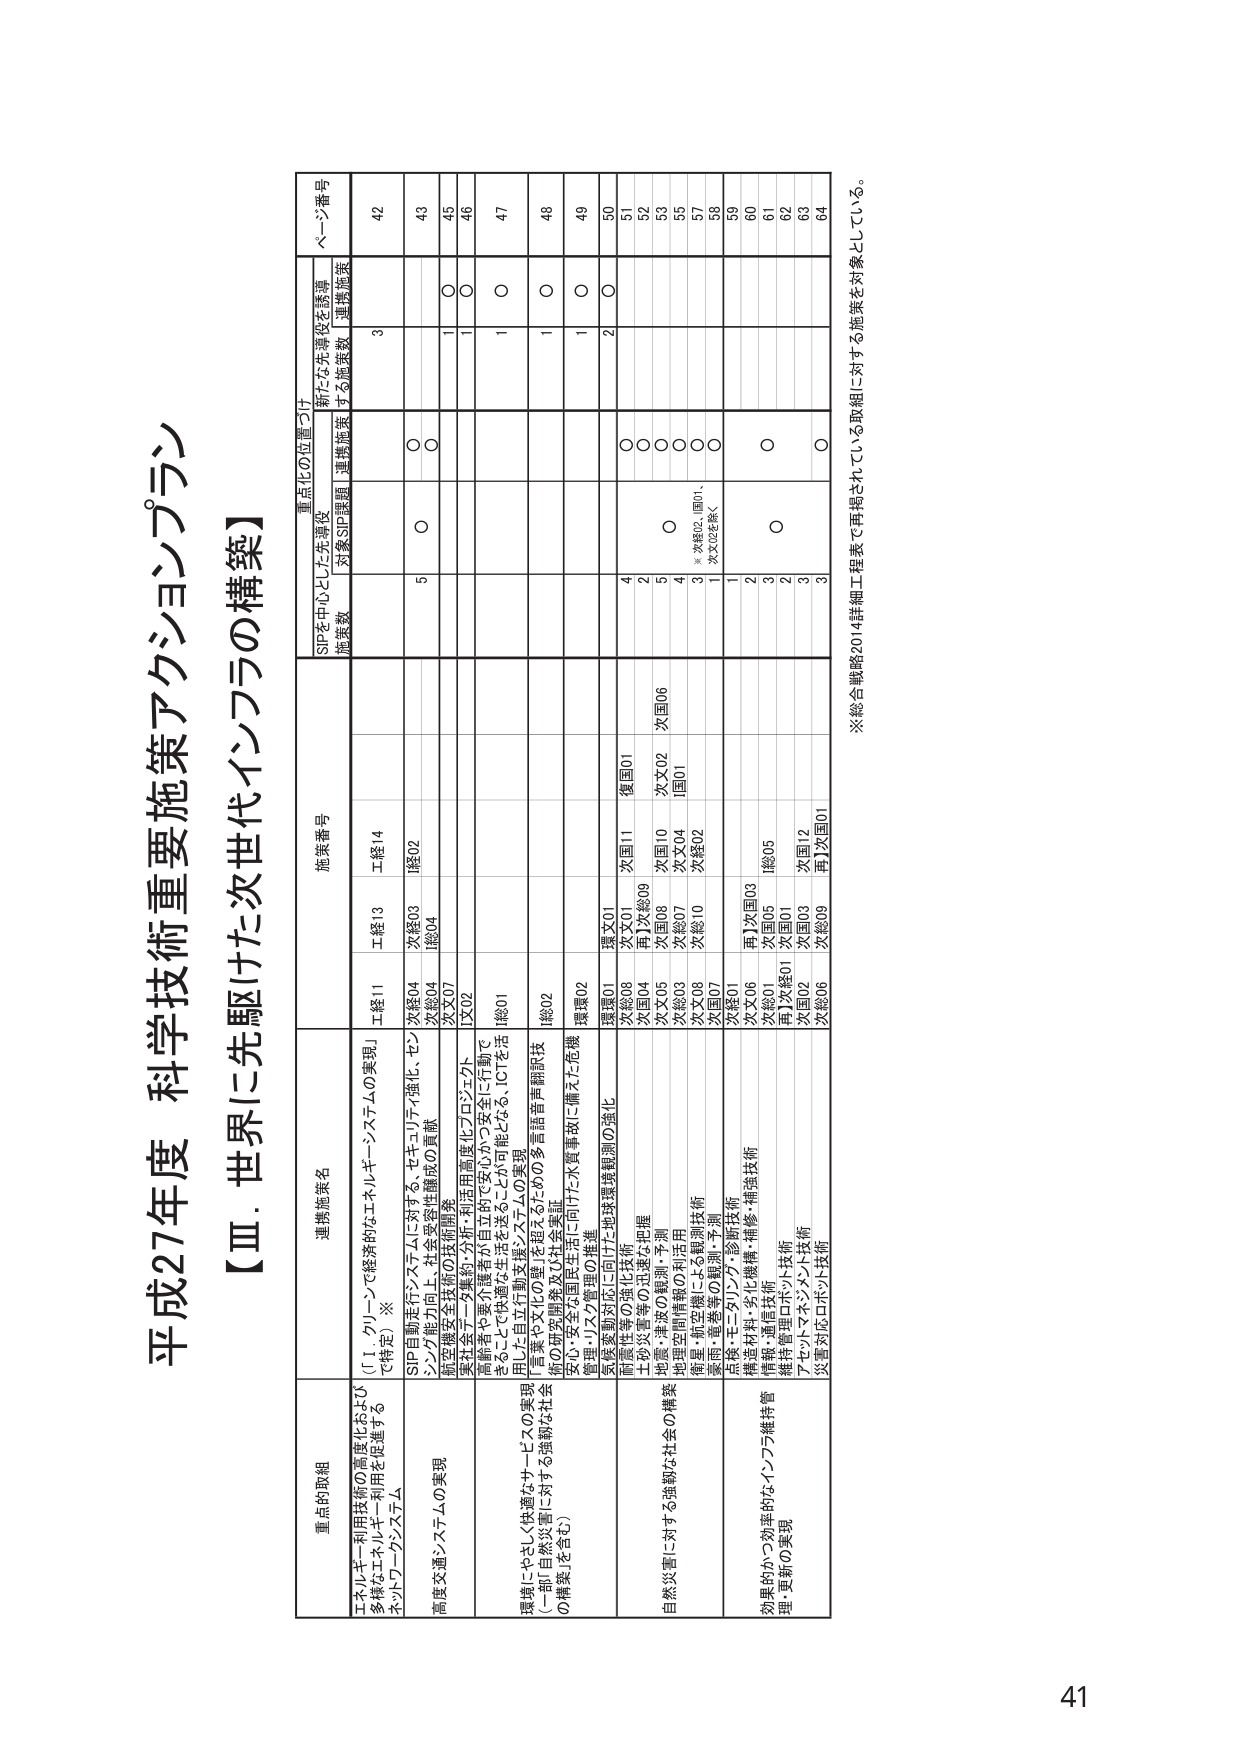
平成27年度 科学技術重要施策アクションプラン
【Ⅲ．世界に先駆けた次世代インフラの構築】

重点的取組
連携施策名
施策番号
重点化の位置づけ
ページ番号

SIPを中心とした先導役
施策数
対象SIP課題
連携施策
新たな先導役を誘導する施策数
連携施策

エネルギー利用技術の高度化および
多様なエネルギー利用を促進する
ネットワークシステム
「[1．クリーンで経済的なエネルギー・システムの実現]
（暫定）※」
工経11
工経13
工経14
3
42

SIP目標走行システムに対する、セキュリティ・強化、セシ
シブル能力向上、社会受容性醸成の貢献
次経04
次経03
構02
5
○
○
○
43

航空・陸空連携技術の技術開発
次経04
構04
○
○
45

気象・天気予報の分析・利用高度化プロジェクト
次文07
1
○
46

環境にやさしく快適なサービスの実現
（一部自然災害に対する強靭な社会
の構築を含む）
高齢者や要介護者が自立的で安心かつ安全に行動で
きることで快適な生活を送ることが可能となる、ICTを活
用した自立行動支援システムの実現
構01
1
○
47

言語や文化的障害を超えるための多言語音声翻訳技
術の研究開発及び社会実証
構02
1
○
48

安心・安全な国民生活に向けた水質事故に備えた危機
管理・リスク管理の推進
環境02
1
○
49

気候変動対応に向けた地球環境観測の強化
環境01
2
○
50

耐震・耐火の強化技術
次経08
次文01
次国11
復国01
4
○
51

土砂災害等の迅速な把握
次国04
再】次経09
2
○
52

地震・津波の観測・予測
次文05
次国08
次国10
次文02
次国06
5
○
53

地理空間情報の利活用
次経03
次総07
次文04
国01
4
○
55

衛星・航空機による観測技術
次文08
3
○
57

測量・地図等の観測・予測
次国02
1
○
※次経02、国01、
次文02を除く
58

点検・モニタリング診断技術
次国01
1
○
59

構造材料・劣化機構・補強技術
次文06
2
60

情報・通信技術
次経01
次国05
構05
3
○
61

維持管理ロボット技術
再】次経01
次国01
2
62

アセットマネジメント技術
次国02
次国03
次国12
3
63

災害対応ロボット技術
次経06
次総09
再】次国01
3
○
64

※総合戦略2014詳細工程表で再掲されている取組に対する施策を対象としている。

41